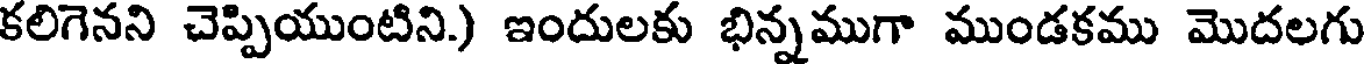
కలిగెనని చెప్పియుంటిని.) ఇందులకు భిన్నముగా ముండకము మొదలగు